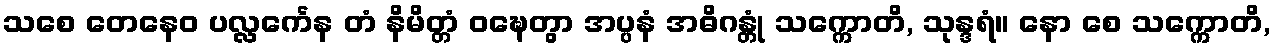
သစေ တေနေဝ ပလ္လင်္ကေန တံ နိမိတ္တံ ဝဍ္ဎေတွာ အပ္ပနံ အဓိဂန္တုံ သက္ကောတိ, သုန္ဒရံ။ နော စေ သက္ကောတိ,